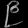
Digit: ၉